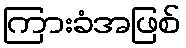
ကြားခံအဖြစ်